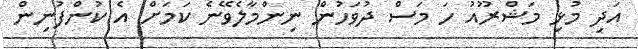
އަދި މުޅި މަޝްރޫއު ހަ މަސް ދުވަހުން ނިންމާލެވޭނެ ކަމަށް އެ ކުންފުނިން